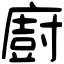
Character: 廚